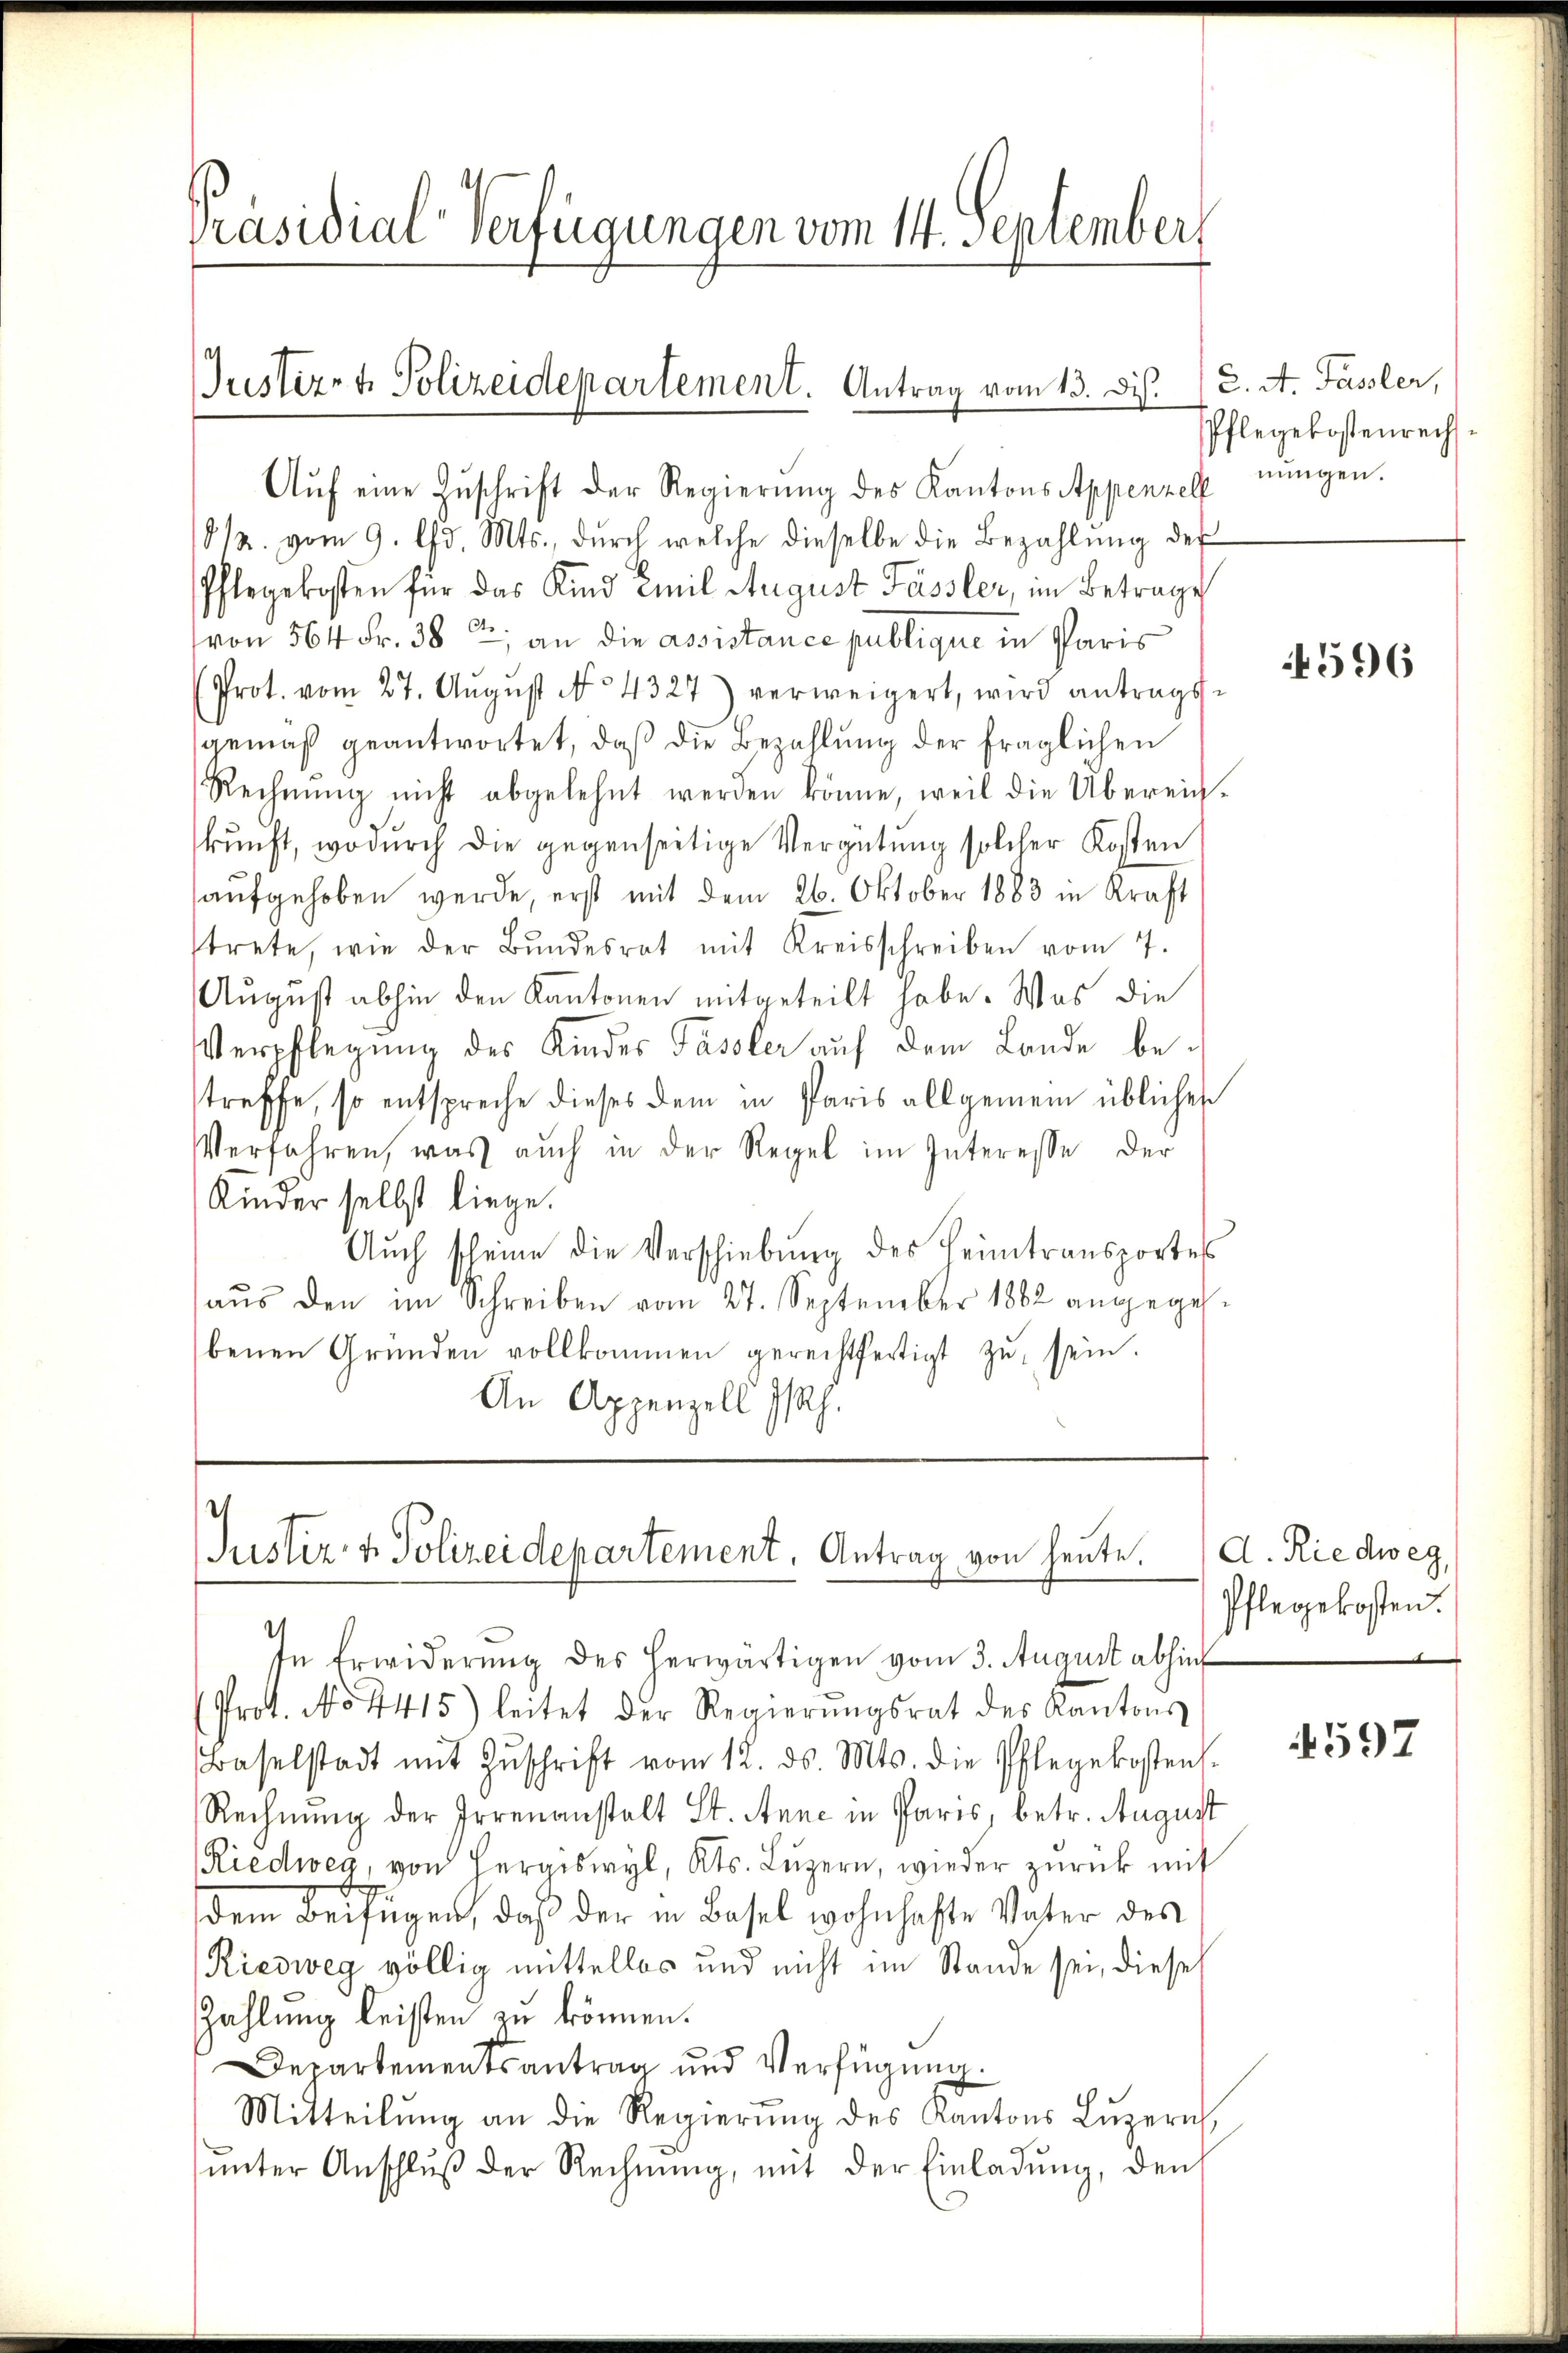
Präsidial-Verfügungen vom 14. September

Aŭf eine Zŭschrift der Regierŭng des Kantons Appenzel eingen.
812. vom 9. d. Mts., durch welche dieselbe die Bezahlung des
Pflegekosten für das Kind Emil August Fassler, im Betrage
von 564 Fr. 38 t, an die assistance publique in Paris
(Prot. vom 27. Aŭgŭst No 4327) verweigert, wird antrags-
gemäß geantwortet, daß die Bezahlung der fraglichen
Rechnŭng nicht abgelehnt werden könne, weil die Überein-
kunft, wodurch die gegenseitige Vergütung solcher Kosten
aŭfgehoben werde, erst mit dem 26. Oktober 1883 in Kraft
trete, wie der Bŭndesrat mit Kreisschreiben vom 7.
August abhin den Kantonen mitgeteilt habe. Was die
Verpflegung des Kindes Fässler auf dem Lande betreffe, so entspreche dieses dem in Paris allgemein üblichen
Verfahren, was aŭch in der Regel im Interesse der
Kinder selbst liege.
Aŭch scheine die Verschiebŭng des Heimtransportes
aus den im Schreiben vom 27. September 1882 angegehbenen Gründen vollkommen gerechtfertigt zŭ sein.
An Appenzell I/Rh.

Justiz- & Polizeidepartement. Antrag vom 13. dis. (2. A. Fassler,

.
Justiz- & Polizeidepartement, Antrag von heute.

PPflegekostenrechs¬

.
sn Erwiderŭng des herwärtigen vom 3. August abhin
(Prot. No. 4415) leitet der Regierŭngsrat des Kantons
Baselstadt mit Zŭschrift vom 12. ds. Mts. die Pflegekostens.
Rechnung der Irrenanstalt St. Anne in Paris, betr. August
Riedweg, von Hergiswyl, Kts. Luzern, wieder zurück mit
dem Beifügen, daß der in Basel wohnhafte Vater des
Riedweg völlig mittellos und nicht im Stande sei, dieses
Zahlung leisten zu können.
Departementsantrag und Verfügŭng.
Mitteilŭng an die Regierŭng des Kantons Lŭzern,
ŭnter Anschlŭβ der Rechnŭng, mit der Einladŭng, den

4596

d. Riedweg,
Pflegekosten.

4597